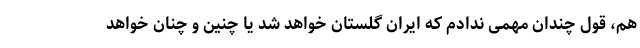
هم، قول چندان مهمی ندادم که ایران گلستان خواهد شد یا چنین و چنان خواهد